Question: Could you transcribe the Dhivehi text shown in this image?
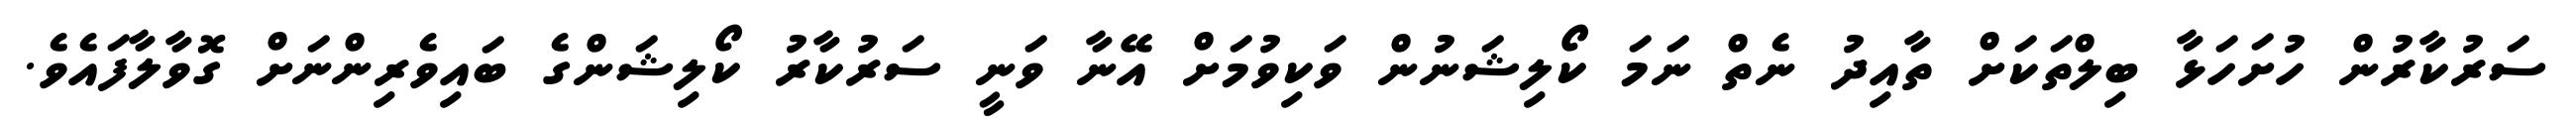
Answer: ސަރުކާރުން ހުށަހަޅާ ބިލްތަކަށް ތާއިދު ނެތް ނަމަ ކޯލިޝަނުން ވަކިވުމަށް އޭނާ ވަނީ ސަރުކާރު ކޯލިޝަންގެ ބައިވެރިންނަށް ގޮވާލާފައެވެ.